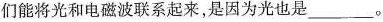
们能将光和电磁波联系起来，是因为光也是___。